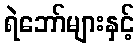
ရဲဘော်များနှင့်